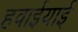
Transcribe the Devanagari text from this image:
हवाईयाई